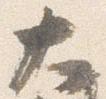
大